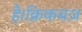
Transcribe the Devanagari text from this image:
है।क्रिकबज़